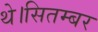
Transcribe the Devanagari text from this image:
थे।सितम्बर